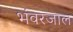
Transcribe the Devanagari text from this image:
भंवरजाल